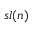
{ \mathfrak { s l } } ( n )